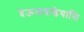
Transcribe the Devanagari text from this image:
देऊळवाडेयासि